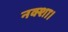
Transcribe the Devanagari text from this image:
नक्शा।